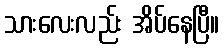
သားလေးလည်း အိပ်နေပြီ။